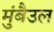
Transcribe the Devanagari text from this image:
मुंबैउल